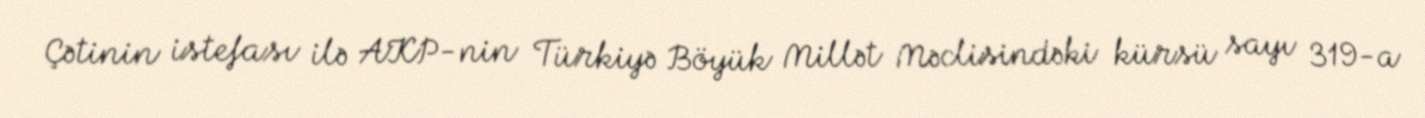
Çətinin istefası ilə AKP-nin Türkiyə Böyük Millət Məclisindəki kürsü sayı 319-a